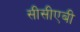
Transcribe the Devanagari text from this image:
सीसीएबी